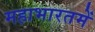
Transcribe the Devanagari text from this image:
महाभारतमें